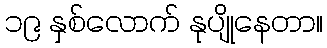
၁၉ နှစ်လောက် နုပျိုနေတာ။